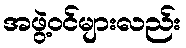
အဖွဲ့ဝင်များလည်း